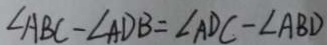
\angle A B C - \angle A D B = \angle A D C - \angle A B D